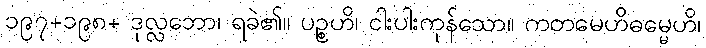
၁၉၇+၁၉၈+ ဒုလ္လဘော၊ ရခဲ၏။ ပဉ္စဟိ၊ ငါးပါးကုန်သော။ ကတမေဟိဓမ္မေဟိ၊